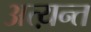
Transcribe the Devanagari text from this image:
अत्य़न्त